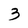
Character: 3